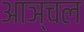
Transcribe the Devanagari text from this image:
आञ्चल